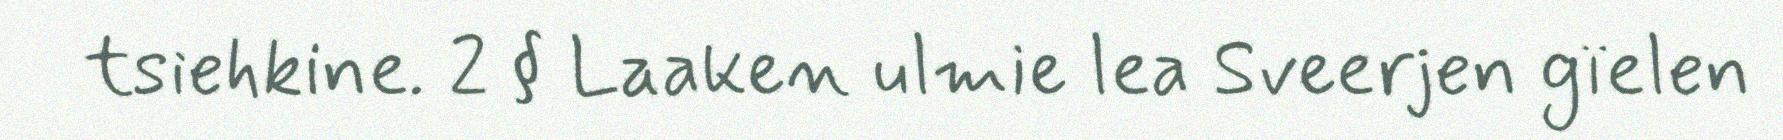
tsiehkine. 2 § Laaken ulmie lea Sveerjen gïelen